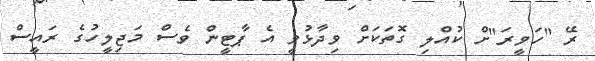
ރޭ "ހަވީރަ"ށް ކުއްލި ގޮތަކަށް ވިދާޅުވީ އެ ޕާޓީން ވެސް މަޖިލީހުގެ ރައީސް